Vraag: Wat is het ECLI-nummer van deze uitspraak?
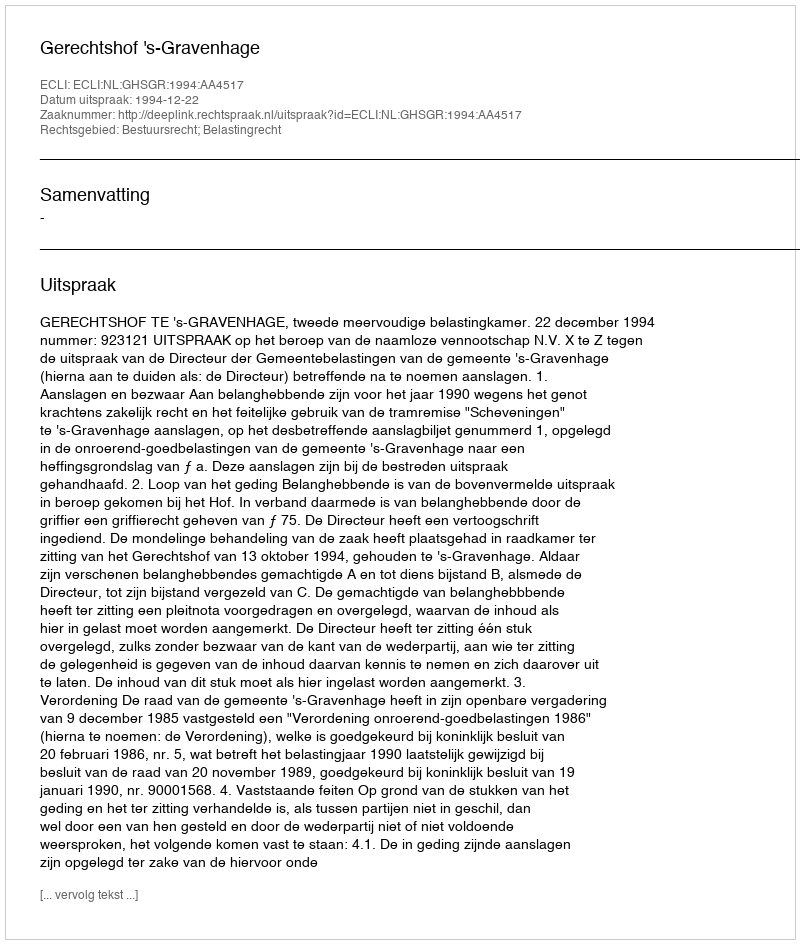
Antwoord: ECLI:NL:GHSGR:1994:AA4517